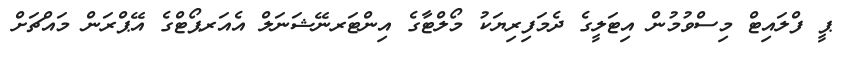
ޕީ ފްލައިޓް މިސްވުމުން އިޓަލީގެ ދެމަފިރިޔަކު މޯލްޓާގެ އިންޓަރނޭޝަނަލް އެއަރޕޯޓްގެ އޭޕްރަން މައްޗަށް